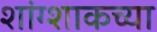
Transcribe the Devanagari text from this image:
शांग्शाकच्या